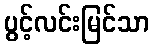
ပွင့်လင်းမြင်သာ